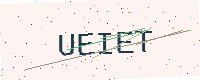
Text: UEIET